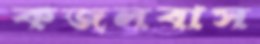
কজলবাস